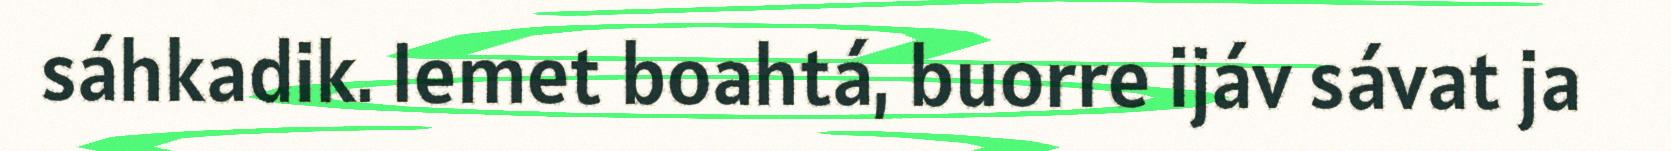
sáhkadik. Iemet boahtá, buorre ijáv sávat ja